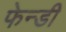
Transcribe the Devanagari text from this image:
फेन्डी